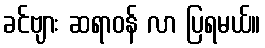
ခင်ဗျား ဆရာဝန် လာ ပြရမယ်။